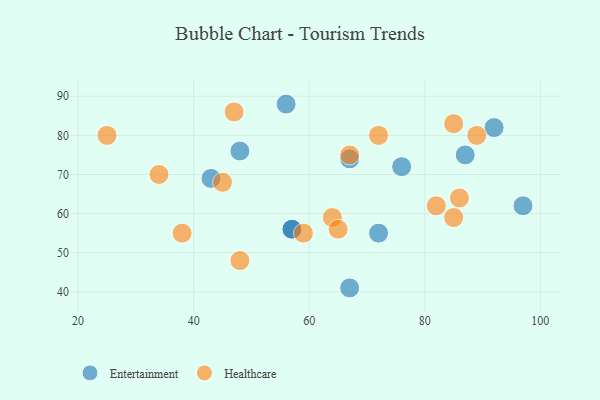
{"axis": {"x": "GDP", "y": "Life Expectancy"}, "legend": ["Entertainment", "Healthcare"], "data": [{"x": "76", "y": 72, "type": "Entertainment"}, {"x": "67", "y": 74, "type": "Entertainment"}, {"x": "57", "y": 56, "type": "Entertainment"}, {"x": "87", "y": 75, "type": "Entertainment"}, {"x": "92", "y": 82, "type": "Entertainment"}, {"x": "57", "y": 56, "type": "Entertainment"}, {"x": "56", "y": 88, "type": "Entertainment"}, {"x": "67", "y": 41, "type": "Entertainment"}, {"x": "72", "y": 55, "type": "Entertainment"}, {"x": "43", "y": 69, "type": "Entertainment"}, {"x": "48", "y": 76, "type": "Entertainment"}, {"x": "97", "y": 62, "type": "Entertainment"}, {"x": "64", "y": 59, "type": "Healthcare"}, {"x": "82", "y": 62, "type": "Healthcare"}, {"x": "85", "y": 59, "type": "Healthcare"}, {"x": "65", "y": 56, "type": "Healthcare"}, {"x": "48", "y": 48, "type": "Healthcare"}, {"x": "89", "y": 80, "type": "Healthcare"}, {"x": "25", "y": 80, "type": "Healthcare"}, {"x": "34", "y": 70, "type": "Healthcare"}, {"x": "85", "y": 83, "type": "Healthcare"}, {"x": "45", "y": 68, "type": "Healthcare"}, {"x": "59", "y": 55, "type": "Healthcare"}, {"x": "38", "y": 55, "type": "Healthcare"}, {"x": "72", "y": 80, "type": "Healthcare"}, {"x": "47", "y": 86, "type": "Healthcare"}, {"x": "67", "y": 75, "type": "Healthcare"}, {"x": "86", "y": 64, "type": "Healthcare"}]}